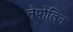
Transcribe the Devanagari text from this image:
नेपोलिन